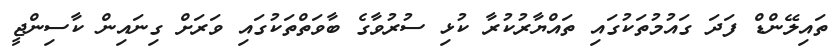
ތައިލޭންޑް ފަދަ ގައުމުތަކުގައި ތައްޔާރުކުރާ ކުޅި ސުރުވާގެ ބާވަތްތަކުގައި ވަރަށް ގިނައިން ކާސިންޖީ